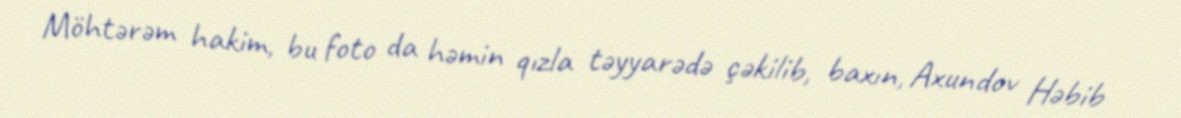
Möhtərəm hakim, bu foto da həmin qızla təyyarədə çəkilib, baxın, Axundov Həbib